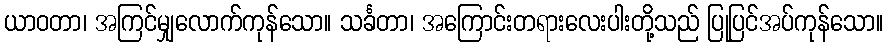
ယာဝတာ၊ အကြင်မျှလောက်ကုန်သော။ သင်္ခတာ၊ အကြောင်းတရားလေးပါးတို့သည် ပြုပြင်အပ်ကုန်သော။